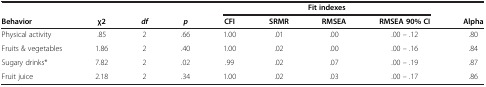
| <COLSPAN=4>  | <COLSPAN=4> Fit indexes |  |
 | Behavior | χ2 | df | p | CFI | SRMR | RMSEA | RMSEA 90% CI | Alpha |
 | --- | --- | --- | --- | --- | --- | --- | --- | --- |
 | Physical activity | .85 | 2 | .66 | 1.00 | .01 | .00 | .00 – .12 | .80 |
 | Fruits & vegetables | 1.86 | 2 | .40 | 1.00 | .02 | .00 | .00 – .16 | .84 |
 | Sugary drinks* | 7.82 | 2 | .02 | .99 | .02 | .07 | .00 – .19 | .87 |
 | Fruit juice | 2.18 | 2 | .34 | 1.00 | .02 | .03 | .00 – .17 | .86 |